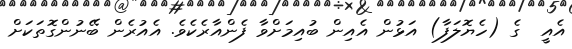
އެއީ  ގެ (ހެޔޮލަފާ) އަޅުން އެއިން ބުއިމަށްވާ ފެންއާރެކެވެ. އެއުރެން ބޭނުންގޮތަކަށް